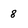
Character: 8